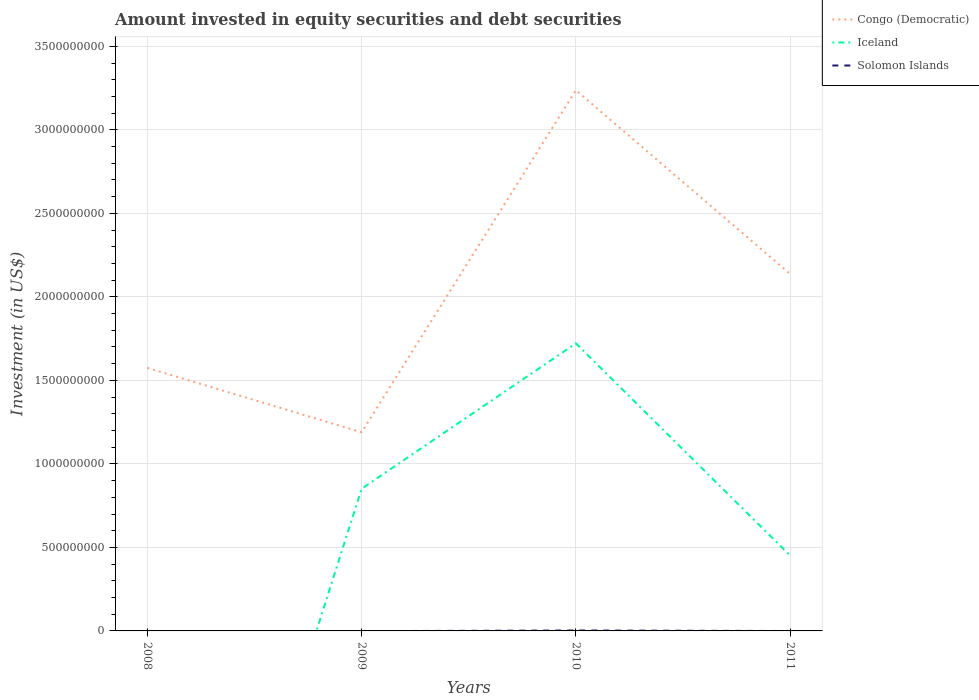
| Years | Congo (Democratic) | Iceland | Solomon Islands |
 | --- | --- | --- | --- |
 | 2008 | 1.57e+09 | -3.19e+09 | -3.3e+06 |
 | 2009 | 1.19e+09 | 8.51e+08 | -1.23e+06 |
 | 2010 | 3.24e+09 | 1.72e+09 | 2.65e+06 |
 | 2011 | 2.14e+09 | 4.51e+08 | -4.64e+05 |